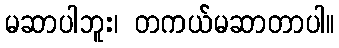
မဆာပါဘူး၊ တကယ်မဆာတာပါ။